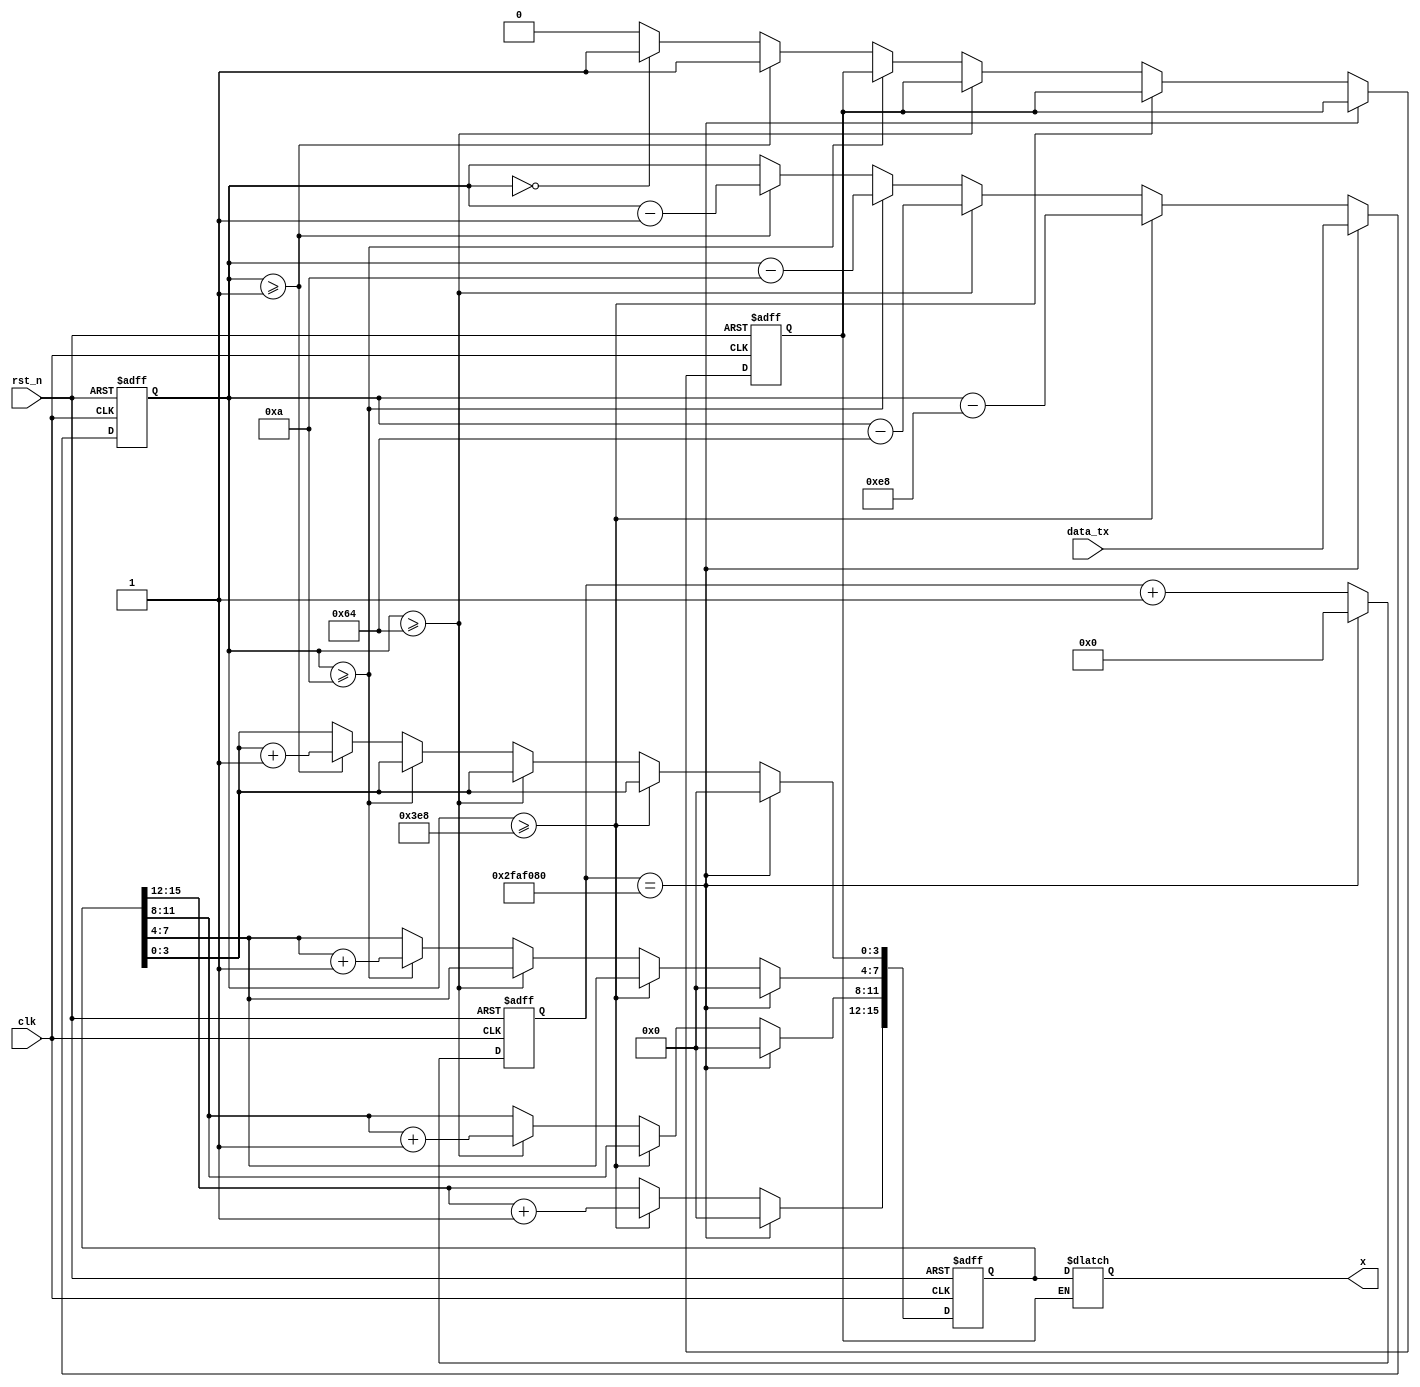
`timescale 1ns / 1ps
//////////////////////////////////////////////////////////////////////////////////
// Company: 
// Engineer: 
// 
// Design Name: 
// Module Name:    lora_rx_chuli 
// Project Name: 
// Target Devices: 
// Tool versions: 
// Description: 
//
// Dependencies: 
//
// Revision: 
// Revision 0.01 - File Created
// Additional Comments: 
//
//////////////////////////////////////////////////////////////////////////////////
module lora_rx_chuli(
	input clk,
	input rst_n,
	input [7:0]data_tx,

	output  reg [15:0] x
    );
	reg [7:0]data;
	reg [25:0]cnt_1s;
	always@(posedge clk or negedge rst_n)         //1
	begin
		if(!rst_n)
			cnt_1s<=1'b0;
		else if(cnt_1s==26'd50000000)//else if(cnt_1s==26'd50000000)
			cnt_1s<=1'b0;
		else cnt_1s<=cnt_1s+1'b1;
	end
	reg [15:0] x_reg;
	reg flag;
	always@(posedge clk or negedge rst_n)
	begin
		if(!rst_n)
			begin x_reg<=1'b0; data<=1'b0;flag<=1'b0; end
		else 
			begin
				if(cnt_1s==26'd50000000)//if(cnt_1s==26'd50000000)                //1
					begin data<=data_tx; x_reg<=1'b0;end
				else if(data>=10'd1000)
					begin 
						x_reg[15:12]<=x_reg[15:12]+1'b1;
						data<=data-10'd1000;
					end 
				else if(data>=8'd100)
					begin 
						x_reg[11:8]<=x_reg[11:8]+1'b1;
						data<=data-8'd100;
					end
				else if(data>=4'd10)
					begin
						x_reg[7:4]<=x_reg[7:4]+1'b1;
						data<=data-4'd10;
					end 
				else if(data>=1'd1)
					begin
						x_reg[3:0]<=x_reg[3:0]+1'b1;
						data<=data-1'd1;
						flag<=1'b1;
					end
				else if(data==1'd0)
					flag<=1'b1;
				else flag<=1'b0;
			 end			
	end 
always@(*)
begin
	if(flag)
		x<=x_reg;
		else x<=x;
end 
endmodule